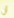
أن